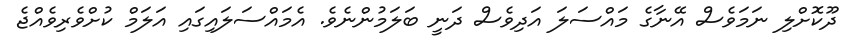
ދޫކޮށްލި ނަމަވެސް އޭނާގެ މައްސަލަ އަދިވެސް ދަނީ ބަލަމުންނެވެ. އެމައްސަލައިގައި އަލަމް ކުށްވެރިވެއްޖެ